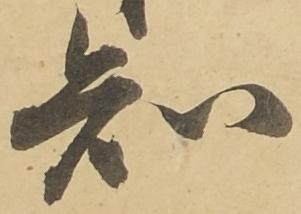
知